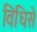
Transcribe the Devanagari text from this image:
विधिसे